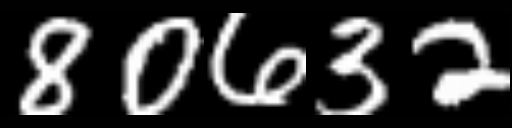
Text: 80632